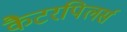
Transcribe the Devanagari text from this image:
कैटरपिलर्स